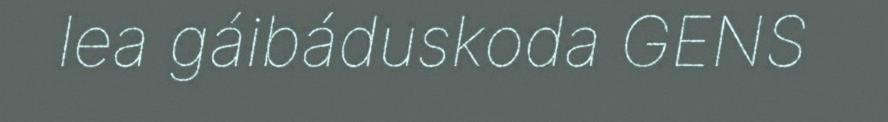
lea gáibáduskoda GENS